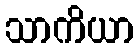
သာကိယာ